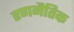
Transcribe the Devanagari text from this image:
रणनैतिक